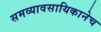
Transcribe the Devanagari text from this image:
समव्यावसायिकानेच